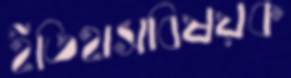
ইতিহাসবিষয়ক